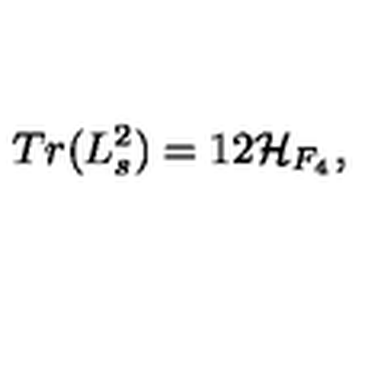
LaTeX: T r ( L _ { s } ^ { 2 } ) = 1 2 { \cal H } _ { F _ { 4 } } ,